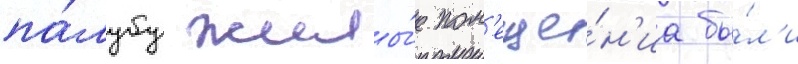
па́лубу жилы́е пом'еще́н'иа бы́л'и